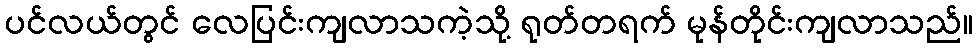
ပင်လယ်တွင် လေပြင်းကျလာသကဲ့သို့ ရုတ်တရက် မုန်တိုင်းကျလာသည်။